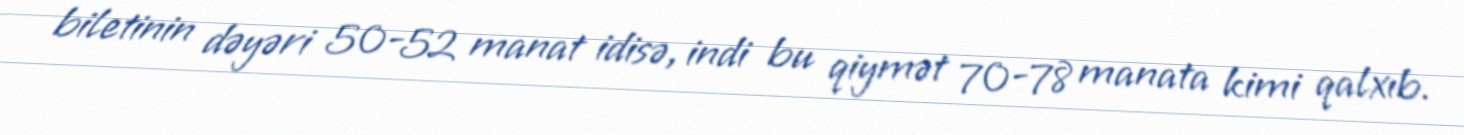
biletinin dəyəri 50-52 manat idisə, indi bu qiymət 70-78 manata kimi qalxıb.